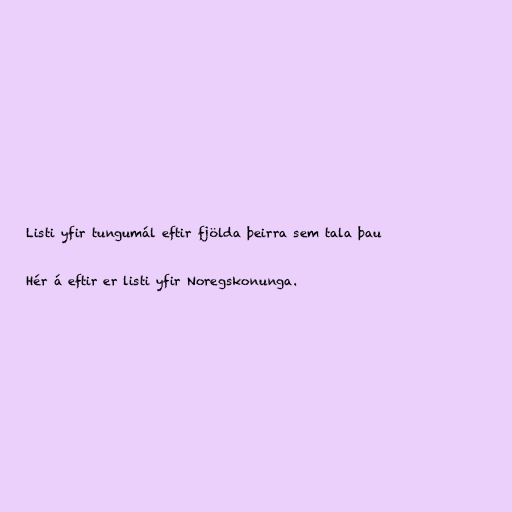
Listi yfir tungumál eftir fjölda þeirra sem tala þau

Hér á eftir er listi yfir Noregskonunga.